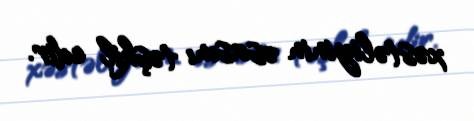
xəstəliyinin əsasını təşkil edir.